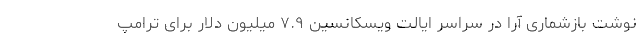
نوشت بازشماری آرا در سراسر ایالت ویسکانسین ۷.۹ میلیون دلار برای ترامپ